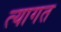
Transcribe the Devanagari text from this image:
त्यागत